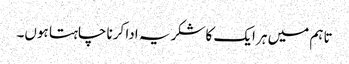
تاہم میں ہر ایک کا شکریہ ادا کرنا چاہتا ہوں۔